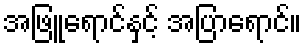
အဖြူရောင်နှင့် အပြာရောင်။